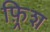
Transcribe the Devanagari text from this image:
फ़्रिश